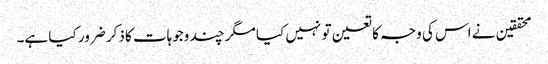
محققین نے اس کی وجہ کا تعین تو نہیں کیا مگر چند وجوہات کا ذکر ضرور کیا ہے۔